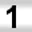
Digit: 1